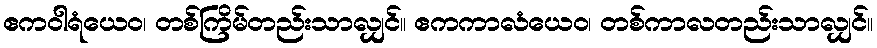
ဧကဝါရံယေဝ၊ တစ်ကြိမ်တည်းသာလျှင်။ ဧကကာလံယေဝ၊ တစ်ကာလတည်းသာလျှင်။